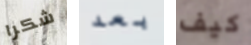
شكرا بعد كيف